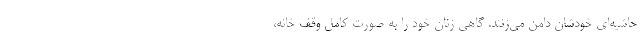
حاشیه‌ای خودشان دامن می‌زنند. گاهی زنان خود را به صورت کامل وقف خانه،